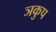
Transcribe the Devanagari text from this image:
ञकुप